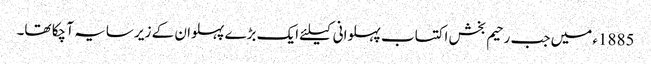
1885ء میں جب رحیم بخش اکتساب پہلوانی کیلئے ایک بڑے پہلوان کے زیر سایہ آ چکا تھا۔